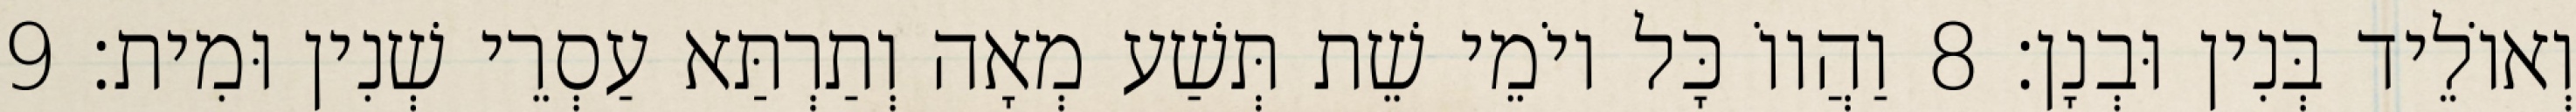
וְאוֹלֵיד בְּנִין וּבְנָן׃ 8 וַהֲווֹ כָּל יוֹמֵי שֵׁת תְּשַׁע מְאָה וְתַרְתַּא עַסְרֵי שְׁנִין וּמִית׃ 9